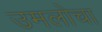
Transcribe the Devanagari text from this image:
उमलोचा